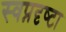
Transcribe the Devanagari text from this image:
स्‍वप्नदृष्‍टा